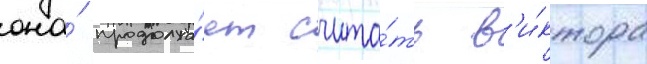
она́ продолжа́ет счита́ть в'и́ктора